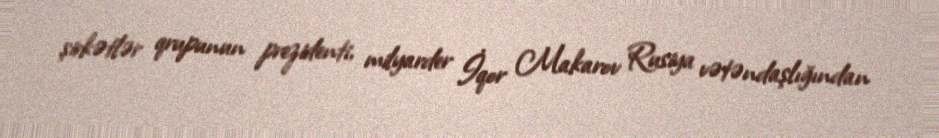
şirkətlər qrupunun prezidenti, milyarder İqor Makarov Rusiya vətəndaşlığından